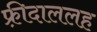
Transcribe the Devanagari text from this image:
फ़्रीदाललह